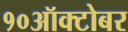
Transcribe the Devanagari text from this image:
१०ऑक्टोबर